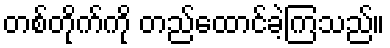
တစ်တိုက်ကို တည်ထောင်ခဲ့ကြသည်။